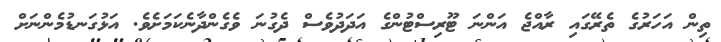
ތިން އަހަރުގެ ތެރޭގައި ރާއްޖެ އަންނަ ޓޫރިސްޓުންގެ އަދަދުވެސް ދެގުނަ ވެގެންދާނެކަމަށެވެ. އަޅުގަނޑުމެންނަށް